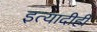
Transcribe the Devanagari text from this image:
इत्यादीही